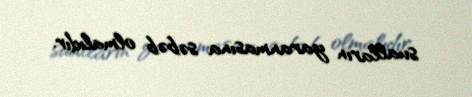
sualların yaranmasına səbəb olmalıdır.